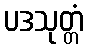
ပဒသုတ္တံ